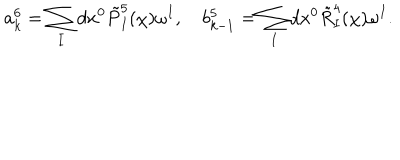
LaTeX: a _ { k } ^ { 6 } = \sum _ { I } d x ^ { 0 } \tilde { P } _ { I } ^ { 5 } ( \chi ) \omega ^ { I } , \quad b _ { k - 1 } ^ { 5 } = \sum _ { I } d x ^ { 0 } \tilde { R } _ { I } ^ { 4 } ( \chi ) \omega ^ { I } .